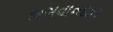
ભગવાનદાસ